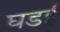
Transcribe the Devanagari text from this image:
घडई